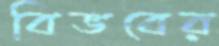
বিভবের